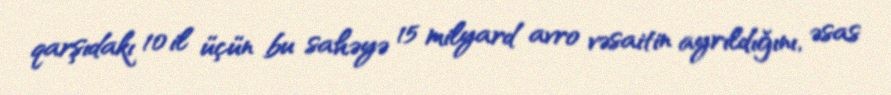
qarşıdakı 10 il üçün bu sahəyə 15 milyard avro vəsaitin ayrıldığını, əsas